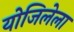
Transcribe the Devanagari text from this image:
योजिलेला